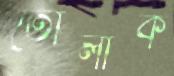
তোলাক